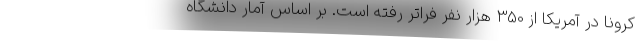
کرونا در آمریکا از 350 هزار نفر فراتر رفته است. بر اساس آمار دانشگاه